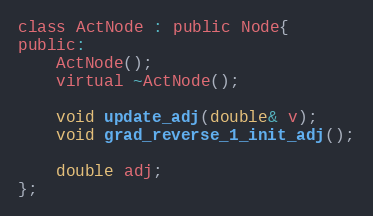
Language: C
class ActNode : public Node{
public:
	ActNode();
	virtual ~ActNode();

	void update_adj(double& v);
	void grad_reverse_1_init_adj();

	double adj;
};